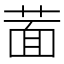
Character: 𦵀